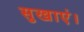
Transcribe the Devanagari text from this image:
सुखाएं।